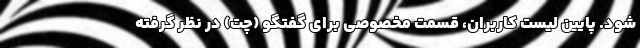
شود. پایین لیست کاربران، قسمت مخصوصی برای گفتگو (چت) در نظر گرفته